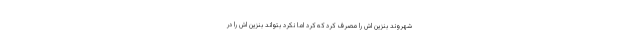
شهروند بنزین اش را مصرف کرد که کرد اما نکرد بتواند بنزین اش را در